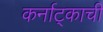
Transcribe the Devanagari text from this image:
कर्नाट्काची